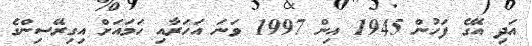
އަދި އޭގެ ފަހުން 1945 އިން 1997 ވަނަ އަހަރާއި ހަމައަށް އިގިރޭސިންގެ